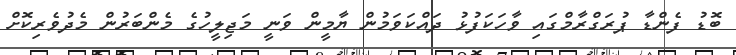
ބޮޑު ފެންޑާ ޕުރަގްރާމްގައި ވާހަކަފުޅު ދައްކަވަމުން ޔާމީން ވަނީ މަޖިލީހުގެ މެންބަރުން މެދުވެރިކޮށް